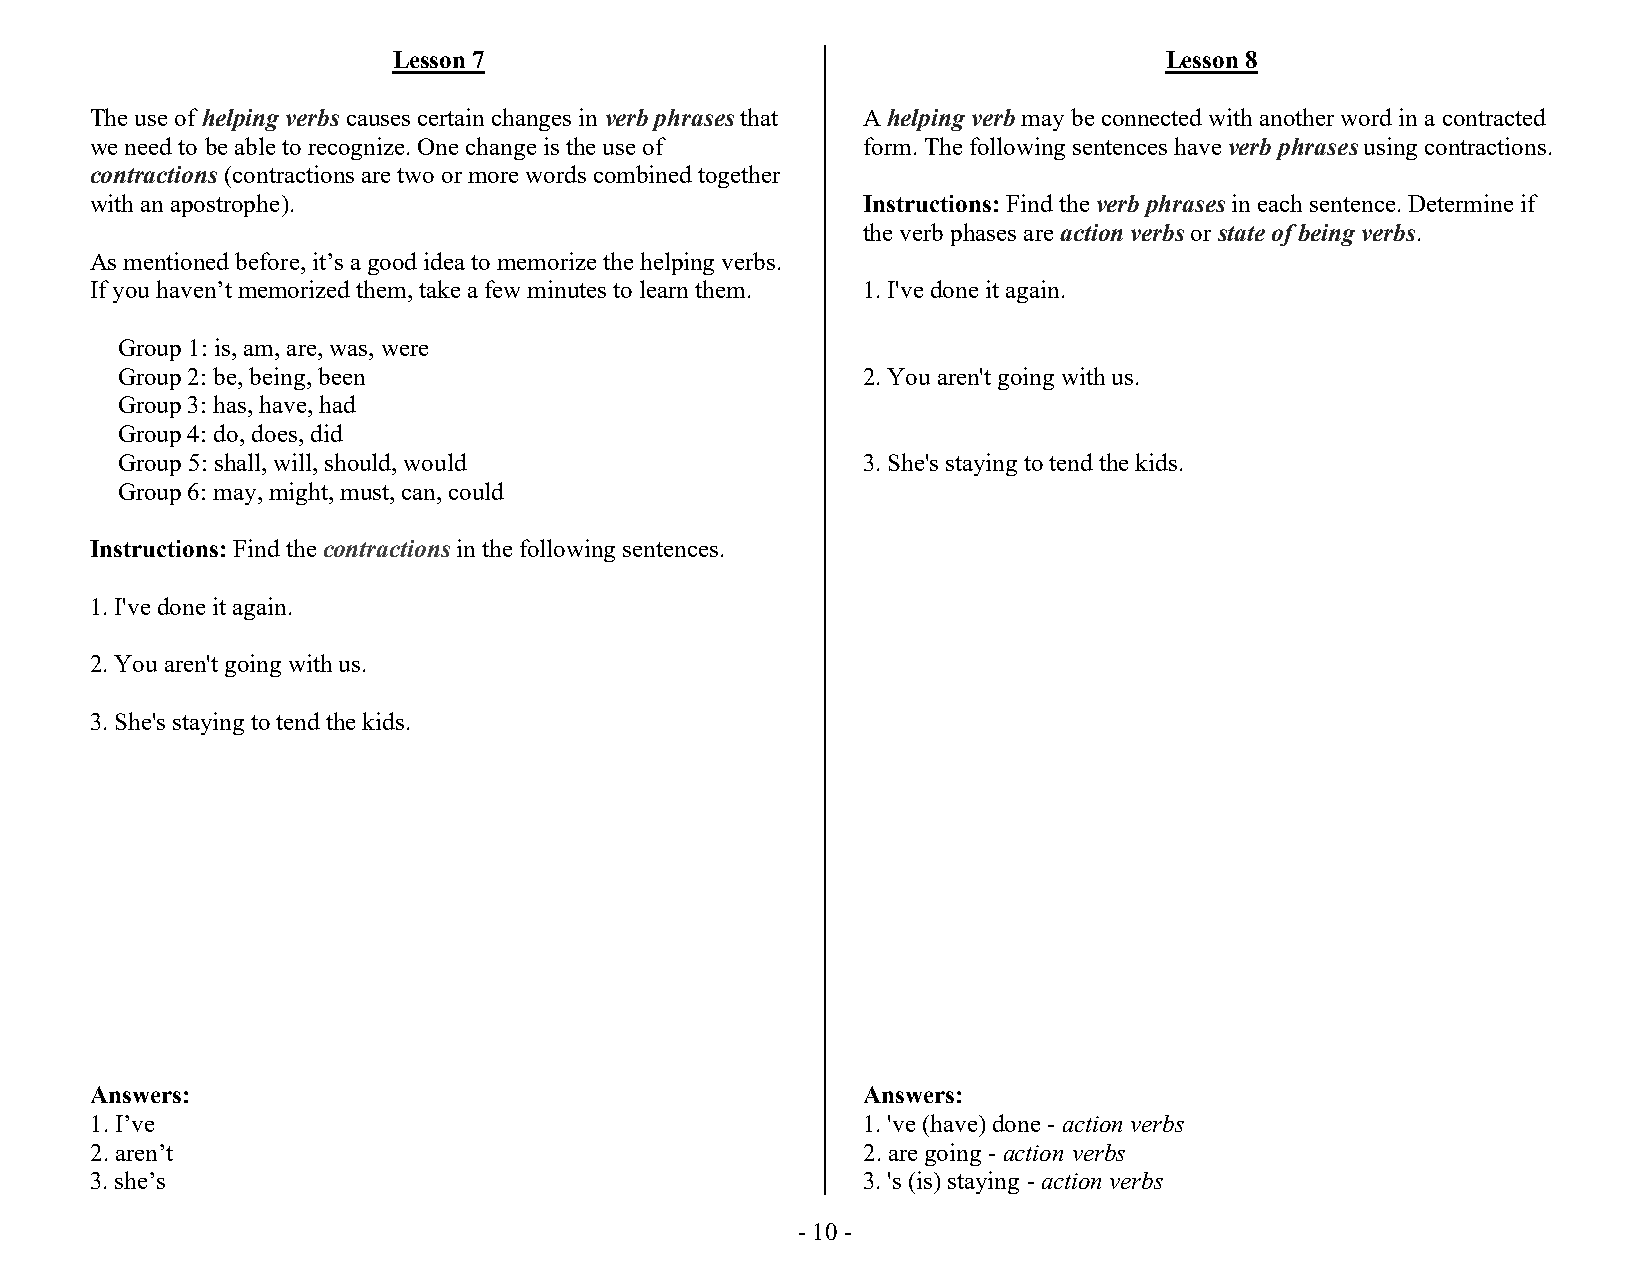
Lesson 7                                           Lesson 8
 The use of helping verbs causes certain changes in verb phrases that A helping verb may be connected with another word in a contracted
 we need to be able to recognize. One change is the use of form. The following sentences have verb phrases using contractions.
 contractions (contractions are two or more words combined together
 with an apostrophe).                               Instructions: Find the verb phrases in each sentence. Determine if
 the verb phases are action verbs or state of being verbs.
 As mentioned before, it’s a good idea to memorize the helping verbs.
 If you haven’t memorized them, take a few minutes to learn them. 1. I've done it again.
 Group 1: is, am, are, was, were
 Group 2: be, being, been                         2. You aren't going with us.
 Group 3: has, have, had
 Group 4: do, does, did
 Group 5: shall, will, should, would              3. She's staying to tend the kids.
 Group 6: may, might, must, can, could
 Instructions: Find the contractions in the following sentences.
 1. I've done it again.
 2. You aren't going with us.
 3. She's staying to tend the kids.
 Answers:                                           Answers:
 1. I’ve                                            1. 've (have) done - action verbs
 2. aren’t                                          2. are going - action verbs
 3. she’s                                           3. 's (is) staying - action verbs
 - 10 -